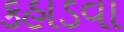
કહાડવા